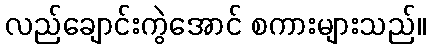
လည်ချောင်းကွဲအောင် စကားများသည်။